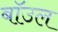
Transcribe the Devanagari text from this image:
बॉउल